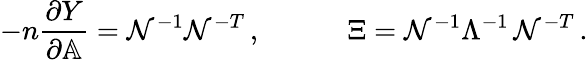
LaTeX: {-}n\frac{\partial Y}{\partial\mathbb{A}}=\mathcal{N}^{-1}\mathcal{N}^{-T}\, ,\quad\quad\quad\Xi=\mathcal{N}^{-1}\Lambda^{-1}\, \mathcal{N}^{-T}\, .